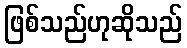
ဖြစ်သည်ဟုဆိုသည်